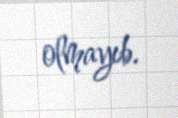
olmayıb.